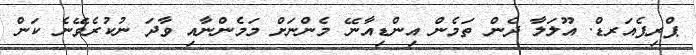
ޕްރިޕެއަރޑް. އޫލަލާ ދެން ތަމެން އިންޑިއާނޭ މެންނަށް މަމެންނާއި ވާދަ ނުކުރެވޭނެ ކަން